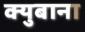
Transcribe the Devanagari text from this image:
क्युबाना